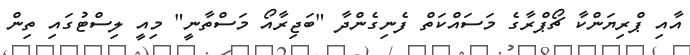
އާއި ޕްރިޔަންކާ ޗޯޕްރާގެ މަސައްކަތް ފެނިގެންދާ "ބަޖިރާއޯ މަސްތާނީ" މިއީ ލިސްޓުގައި ތިން